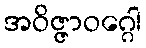
အဝိဇ္ဇာဝဂ္ဂေါ